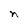
Character: n